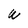
Character: W